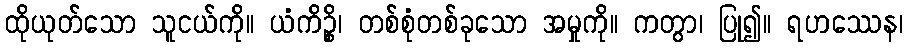
ထိုယုတ်သော သူငယ်ကို။ ယံကိဉ္စိ၊ တစ်စုံတစ်ခုသော အမှုကို။ ကတွာ၊ ပြု၍။ ရဟဿေန၊